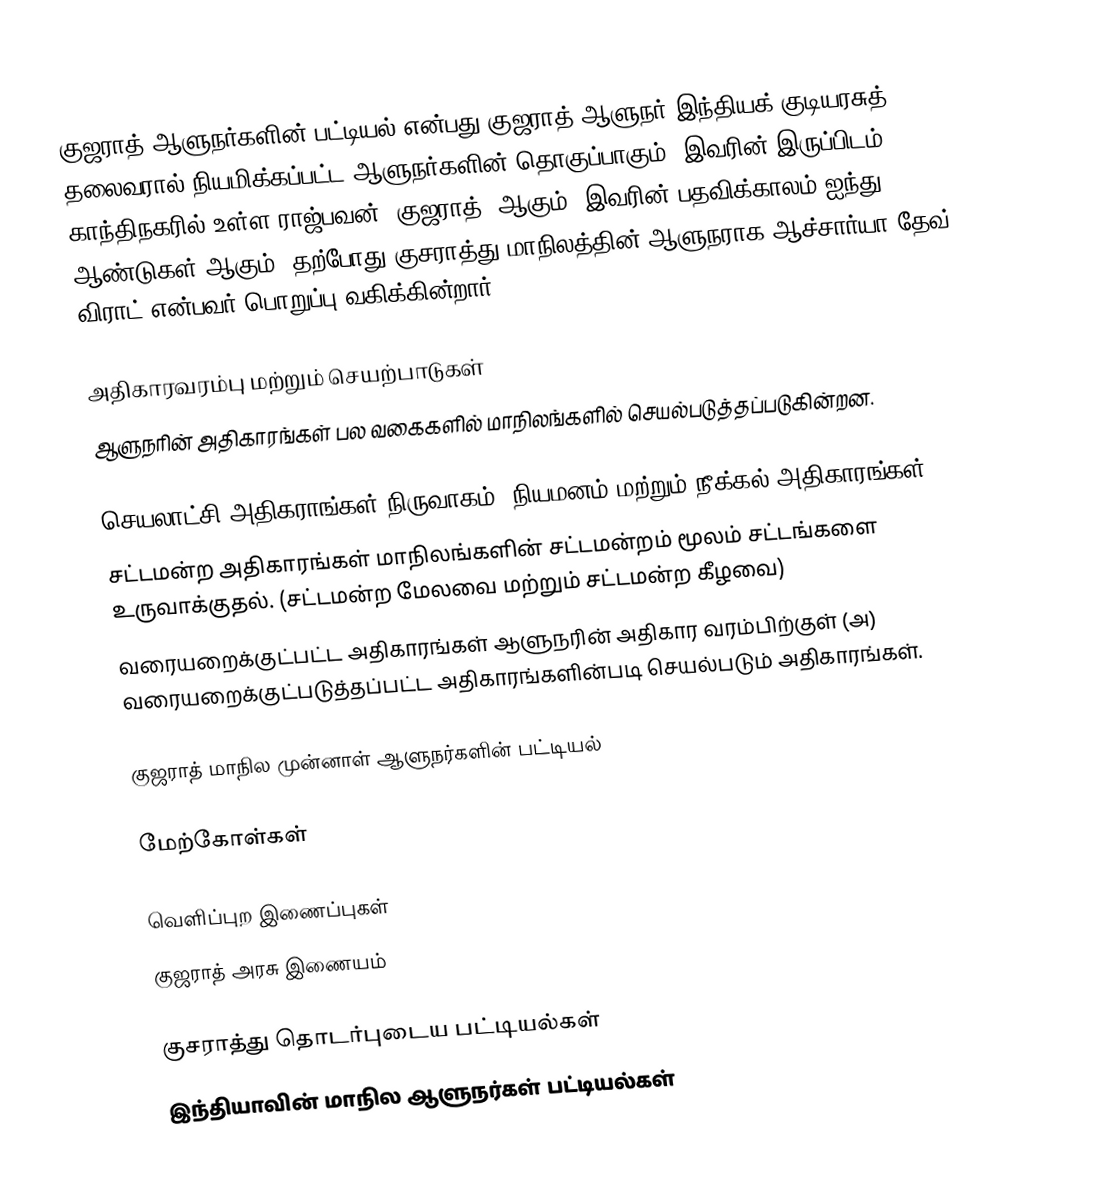
குஜராத் ஆளுநர்களின் பட்டியல் என்பது குஜராத் ஆளுநர் இந்தியக் குடியரசுத் தலைவரால் நியமிக்கப்பட்ட ஆளுநர்களின் தொகுப்பாகும். இவரின் இருப்பிடம் காந்திநகரில் உள்ள ராஜ்பவன் (குஜராத்) ஆகும். இவரின் பதவிக்காலம் ஐந்து ஆண்டுகள் ஆகும். தற்போது குசராத்து மாநிலத்தின் ஆளுநராக ஆச்சார்யா தேவ் விராட் என்பவர் பொறுப்பு வகிக்கின்றார்.

அதிகாரவரம்பு மற்றும் செயற்பாடுகள்
ஆளுநரின் அதிகாரங்கள் பல வகைகளில் மாநிலங்களில் செயல்படுத்தப்படுகின்றன.

செயலாட்சி அதிகராங்கள் நிருவாகம், நியமனம் மற்றும் நீக்கல் அதிகாரங்கள்,
சட்டமன்ற அதிகாரங்கள் மாநிலங்களின் சட்டமன்றம் மூலம் சட்டங்களை உருவாக்குதல். (சட்டமன்ற மேலவை மற்றும் சட்டமன்ற கீழவை)
வரையறைக்குட்பட்ட அதிகாரங்கள் ஆளுநரின் அதிகார வரம்பிற்குள் (அ) வரையறைக்குட்படுத்தப்பட்ட அதிகாரங்களின்படி செயல்படும் அதிகாரங்கள்.

குஜராத் மாநில முன்னாள் ஆளுநர்களின் பட்டியல்

மேற்கோள்கள்

வெளிப்புற இணைப்புகள்
 குஜராத் அரசு இணையம்

குசராத்து தொடர்புடைய பட்டியல்கள்
இந்தியாவின் மாநில ஆளுநர்கள் பட்டியல்கள்